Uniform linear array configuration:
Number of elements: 16
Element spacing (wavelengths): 0.25
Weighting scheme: uniform
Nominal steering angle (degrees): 30
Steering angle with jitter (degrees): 31.187
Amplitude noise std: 0.05
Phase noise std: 0.05

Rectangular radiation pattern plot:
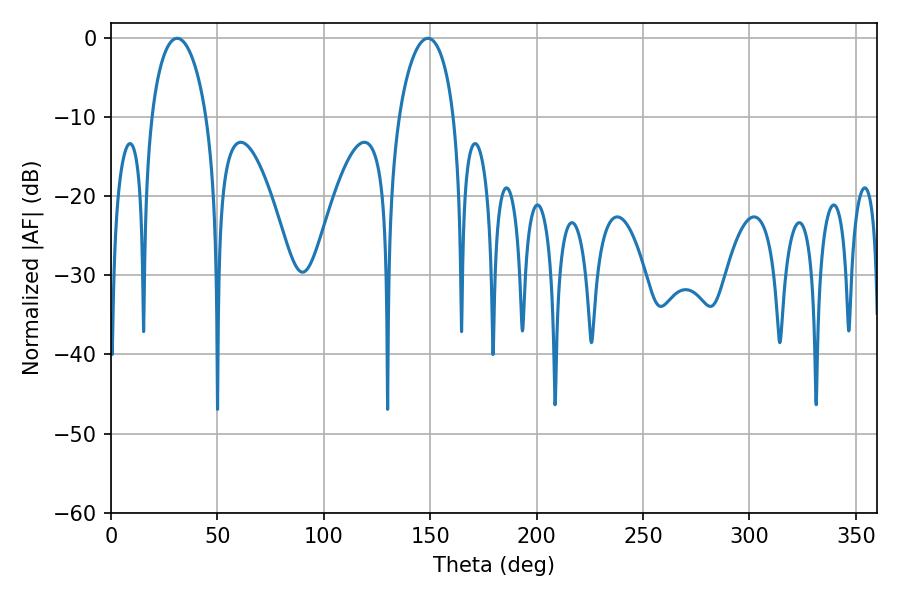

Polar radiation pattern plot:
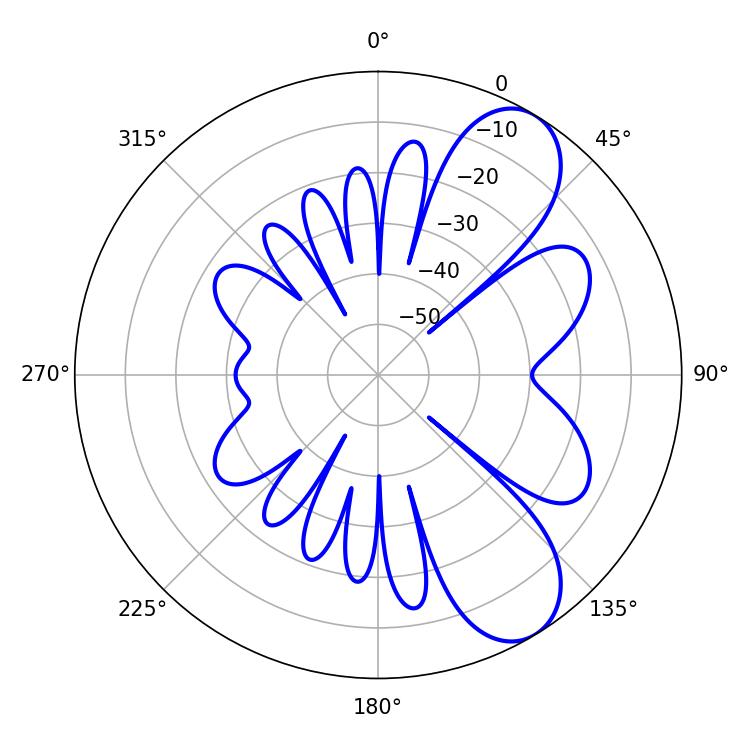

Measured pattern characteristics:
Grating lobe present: FALSE
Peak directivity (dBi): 8.226
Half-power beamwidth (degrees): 14.76
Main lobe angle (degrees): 31.14